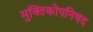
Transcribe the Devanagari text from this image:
मुक्तिकोपनिषद